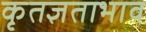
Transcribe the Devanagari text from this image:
कृतज्ञताभाव